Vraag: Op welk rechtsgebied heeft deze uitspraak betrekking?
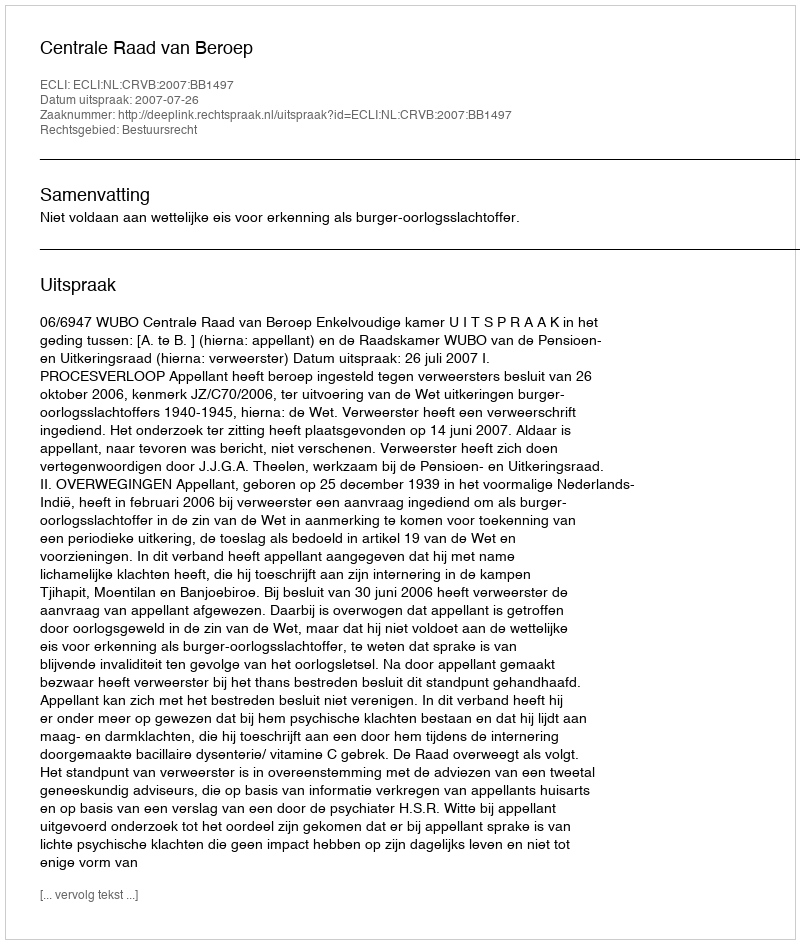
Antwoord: Bestuursrecht